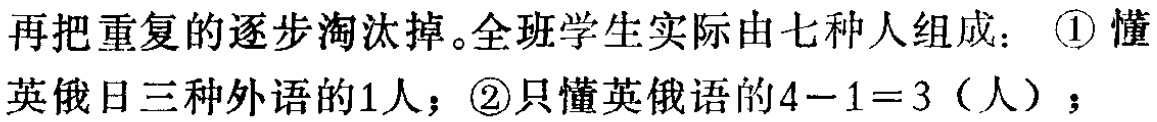
再把重复的逐步淘汰掉。全班学生实际由七种人组成：\textcircled{1}懂

英俄日三种外语的1人；\textcircled{2}只懂英俄语的\(4 - 1 = 3\)（人）；